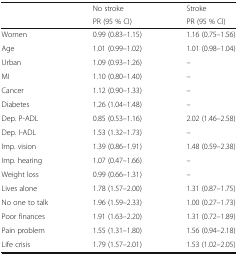
|  | No stroke | Stroke |
 |  | PR (95 % CI) | PR (95 % CI) |
 | --- | --- | --- |
 | Women | 0.99 (0.83–1.15) | 1.16 (0.75–1.56) |
 | Age | 1.01 (0.99–1.02) | 1.01 (0.98–1.04) |
 | Urban | 1.09 (0.93–1.26) | – |
 | MI | 1.10 (0.80–1.40) | – |
 | Cancer | 1.12 (0.90–1.33) | – |
 | Diabetes | 1.26 (1.04–1.48) | – |
 | Dep. P-ADL | 0.85 (0.53–1.16) | 2.02 (1.46–2.58) |
 | Dep. I-ADL | 1.53 (1.32–1.73) | – |
 | Imp. vision | 1.39 (0.86–1.91) | 1.48 (0.59–2.38) |
 | Imp. hearing | 1.07 (0.47–1.66) | – |
 | Weight loss | 0.99 (0.66–1.31) | – |
 | Lives alone | 1.78 (1.57–2.00) | 1.31 (0.87–1.75) |
 | No one to talk | 1.96 (1.59–2.33) | 1.00 (0.27–1.73) |
 | Poor finances | 1.91 (1.63–2.20) | 1.31 (0.72–1.89) |
 | Pain problem | 1.55 (1.31–1.80) | 1.56 (0.94–2.18) |
 | Life crisis | 1.79 (1.57–2.01) | 1.53 (1.02–2.05) |